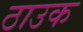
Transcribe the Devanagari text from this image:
ठाउक